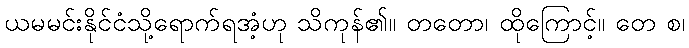
ယမမင်းနိုင်ငံသို့ရောက်ရအံ့ဟု သိကုန်၏။ တတော၊ ထိုကြောင့်။ တေ စ၊